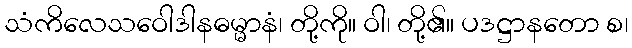
သံကိလေသဝေါဒါနဓမ္မာနံ၊ တို့ကို။ ဝါ၊ တို့၏။ ပဒဋ္ဌာနတော စ၊